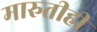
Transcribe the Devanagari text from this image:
मारुतीही